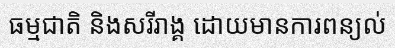
ធម្មជាតិ និងសរីរាង្គ ដោយមានការពន្យល់